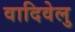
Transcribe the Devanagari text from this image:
वादिवेलु